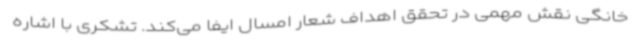
خانگی نقش مهمی در تحقق اهداف شعار امسال ایفا می‌کند. تشکری با اشاره